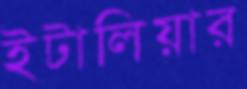
ইটালিয়ার